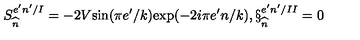
S _ { \widehat { n } } ^ { e ^ { \prime } n ^ { \prime } / I } = - 2 V \mathrm { s i n } ( \pi e ^ { \prime } / k ) \mathrm { e x p } ( - 2 i \pi e ^ { \prime } n / k ) , \S _ { \widehat { n } } ^ { e ^ { \prime } n ^ { \prime } / I I } = 0